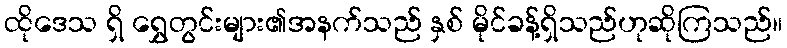
ထိုဒေသ ရှိ ရွှေတွင်းများ၏အနက်သည် နှစ် မိုင်ခန့်ရှိသည်ဟုဆိုကြသည်။